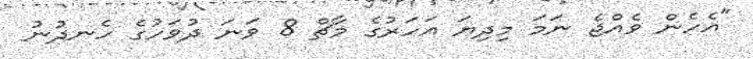
"އެހެން ވެއްޖެ ނަމަ މިދިޔަ އަހަރުގެ މާޗް 8 ވަނަ ދުވަހުގެ ހެނދުނު